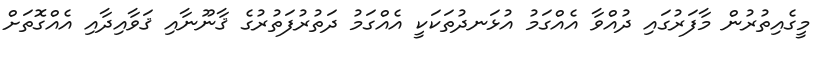
މީގެއިތުރުން މާފަރުގައި ދުއްވާ އެއްގަމު އުޅަނދުތަކަކީ އެއްގަމު ދަތުރުފަތުރުގެ ޤާނޫނާއި ޤަވާއިދާއި އެއްގޮތަށް